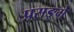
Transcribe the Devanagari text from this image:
प्रसङ्गे